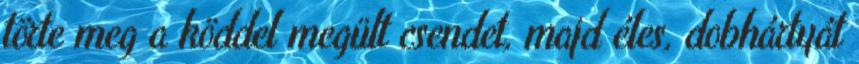
törte meg a köddel megült csendet, majd éles, dobhártyát